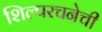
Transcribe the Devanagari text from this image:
शिल्परचनेची